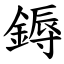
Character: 鎒